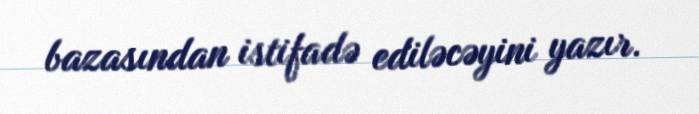
bazasından istifadə ediləcəyini yazır.